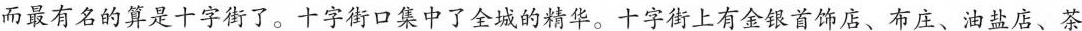
而最有名的算是十字街了。十字街口集中了全城的精华。十字街上有金银首饰店、布庄、油盐店、茶